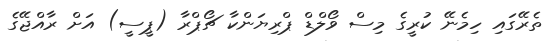
ތެރޭގައި ހިމެނޭ ކުރީގެ މިސް ވޯލްޑް ޕްރިޔަންކާ ޗޯޕްރާ (ޕީސީ) އަށް ރާއްޖޭގެ